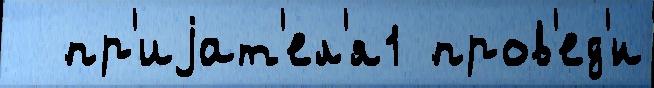
  пр'иjат'ел'я1 пров'ед'́н